system: You are a helpful assistant.
user:
Analyze the provided spectrum to determine if it is a **"Cataclysmic Variables (CV)"**.

- **Key Indicators for CV (Check for either state):**
    - **State 1: Quiescent / Low-State (Emission-Dominated)**
        - **(Primary):** Strong and *very broad* Hydrogen Balmer emission lines (e.g., $H\alpha$ at 6563 Å, $H\beta$ at 4861 Å). The 'broadness' (high velocity dispersion, often FWHM > 1000 km/s) is the key diagnostic, indicating a high-velocity accretion disk.
        - **(Secondary):** Broad neutral Helium (He I) emission lines (e.g., 5876 Å, 6678 Å).
        - **(Key Confirmation):** Presence of high-excitation *ionized* Helium (He II) emission at 4686 Å. This is a strong indicator of accretion onto a white dwarf.
        - **(Line Profile):** Emission lines may exhibit a 'double-peaked' profile, which is a classic signature of a rotating accretion disk viewed at high inclination.

    - **State 2: Outburst / High-State (Absorption-Dominated)**
        - **(Primary):** Spectrum is dominated by a bright, blue continuum (looks like a hot star).
        - **(Secondary):** The emission lines from State 1 are weak, absent, or 'filled in', and are replaced by broad, shallow *absorption* lines (primarily Balmer and He I).
        - **(Morphology):** The overall spectrum mimics a hot B/A-type star. The crucial difference is that the absorption lines are significantly broader, shallower, and more 'washed-out' (or 'smeared') than the sharp lines of a normal stellar photosphere, due to high rotational speeds and pressure broadening in the disk.

Think first, call **spectral_visualization_tool** if needed to examine features in detail, then provide your final answer. Your response must adhere to the following strict rules:
1.  **Overall Structure:** Your response must follow the format `<think>...</think> <tool_call>...</tool_call> (if a tool is used) <answer>...</answer>`.
2.  **Tool Usage Constraint:** You may only make **one** tool call per turn.
3.  **Final Answer Format:** In the `<answer>` tag, your conclusion must be inside a `\boxed{}` command (e.g., `\boxed{YES}`), followed by your justification.

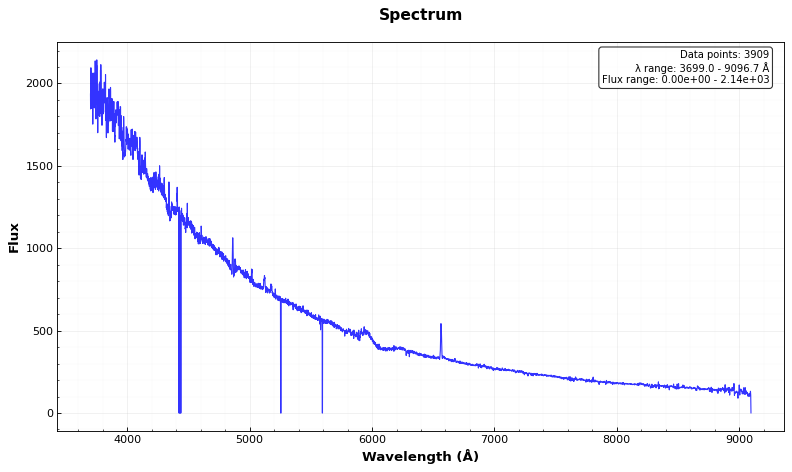
Answer: YES